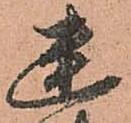
幽